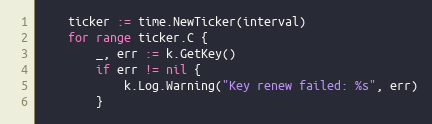
Language: Go
	ticker := time.NewTicker(interval)
	for range ticker.C {
		_, err := k.GetKey()
		if err != nil {
			k.Log.Warning("Key renew failed: %s", err)
		}